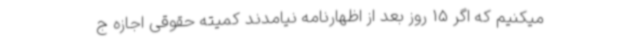
میکنیم که اگر 15 روز بعد از اظهارنامه نیامدند کمیته حقوقی اجازه ج